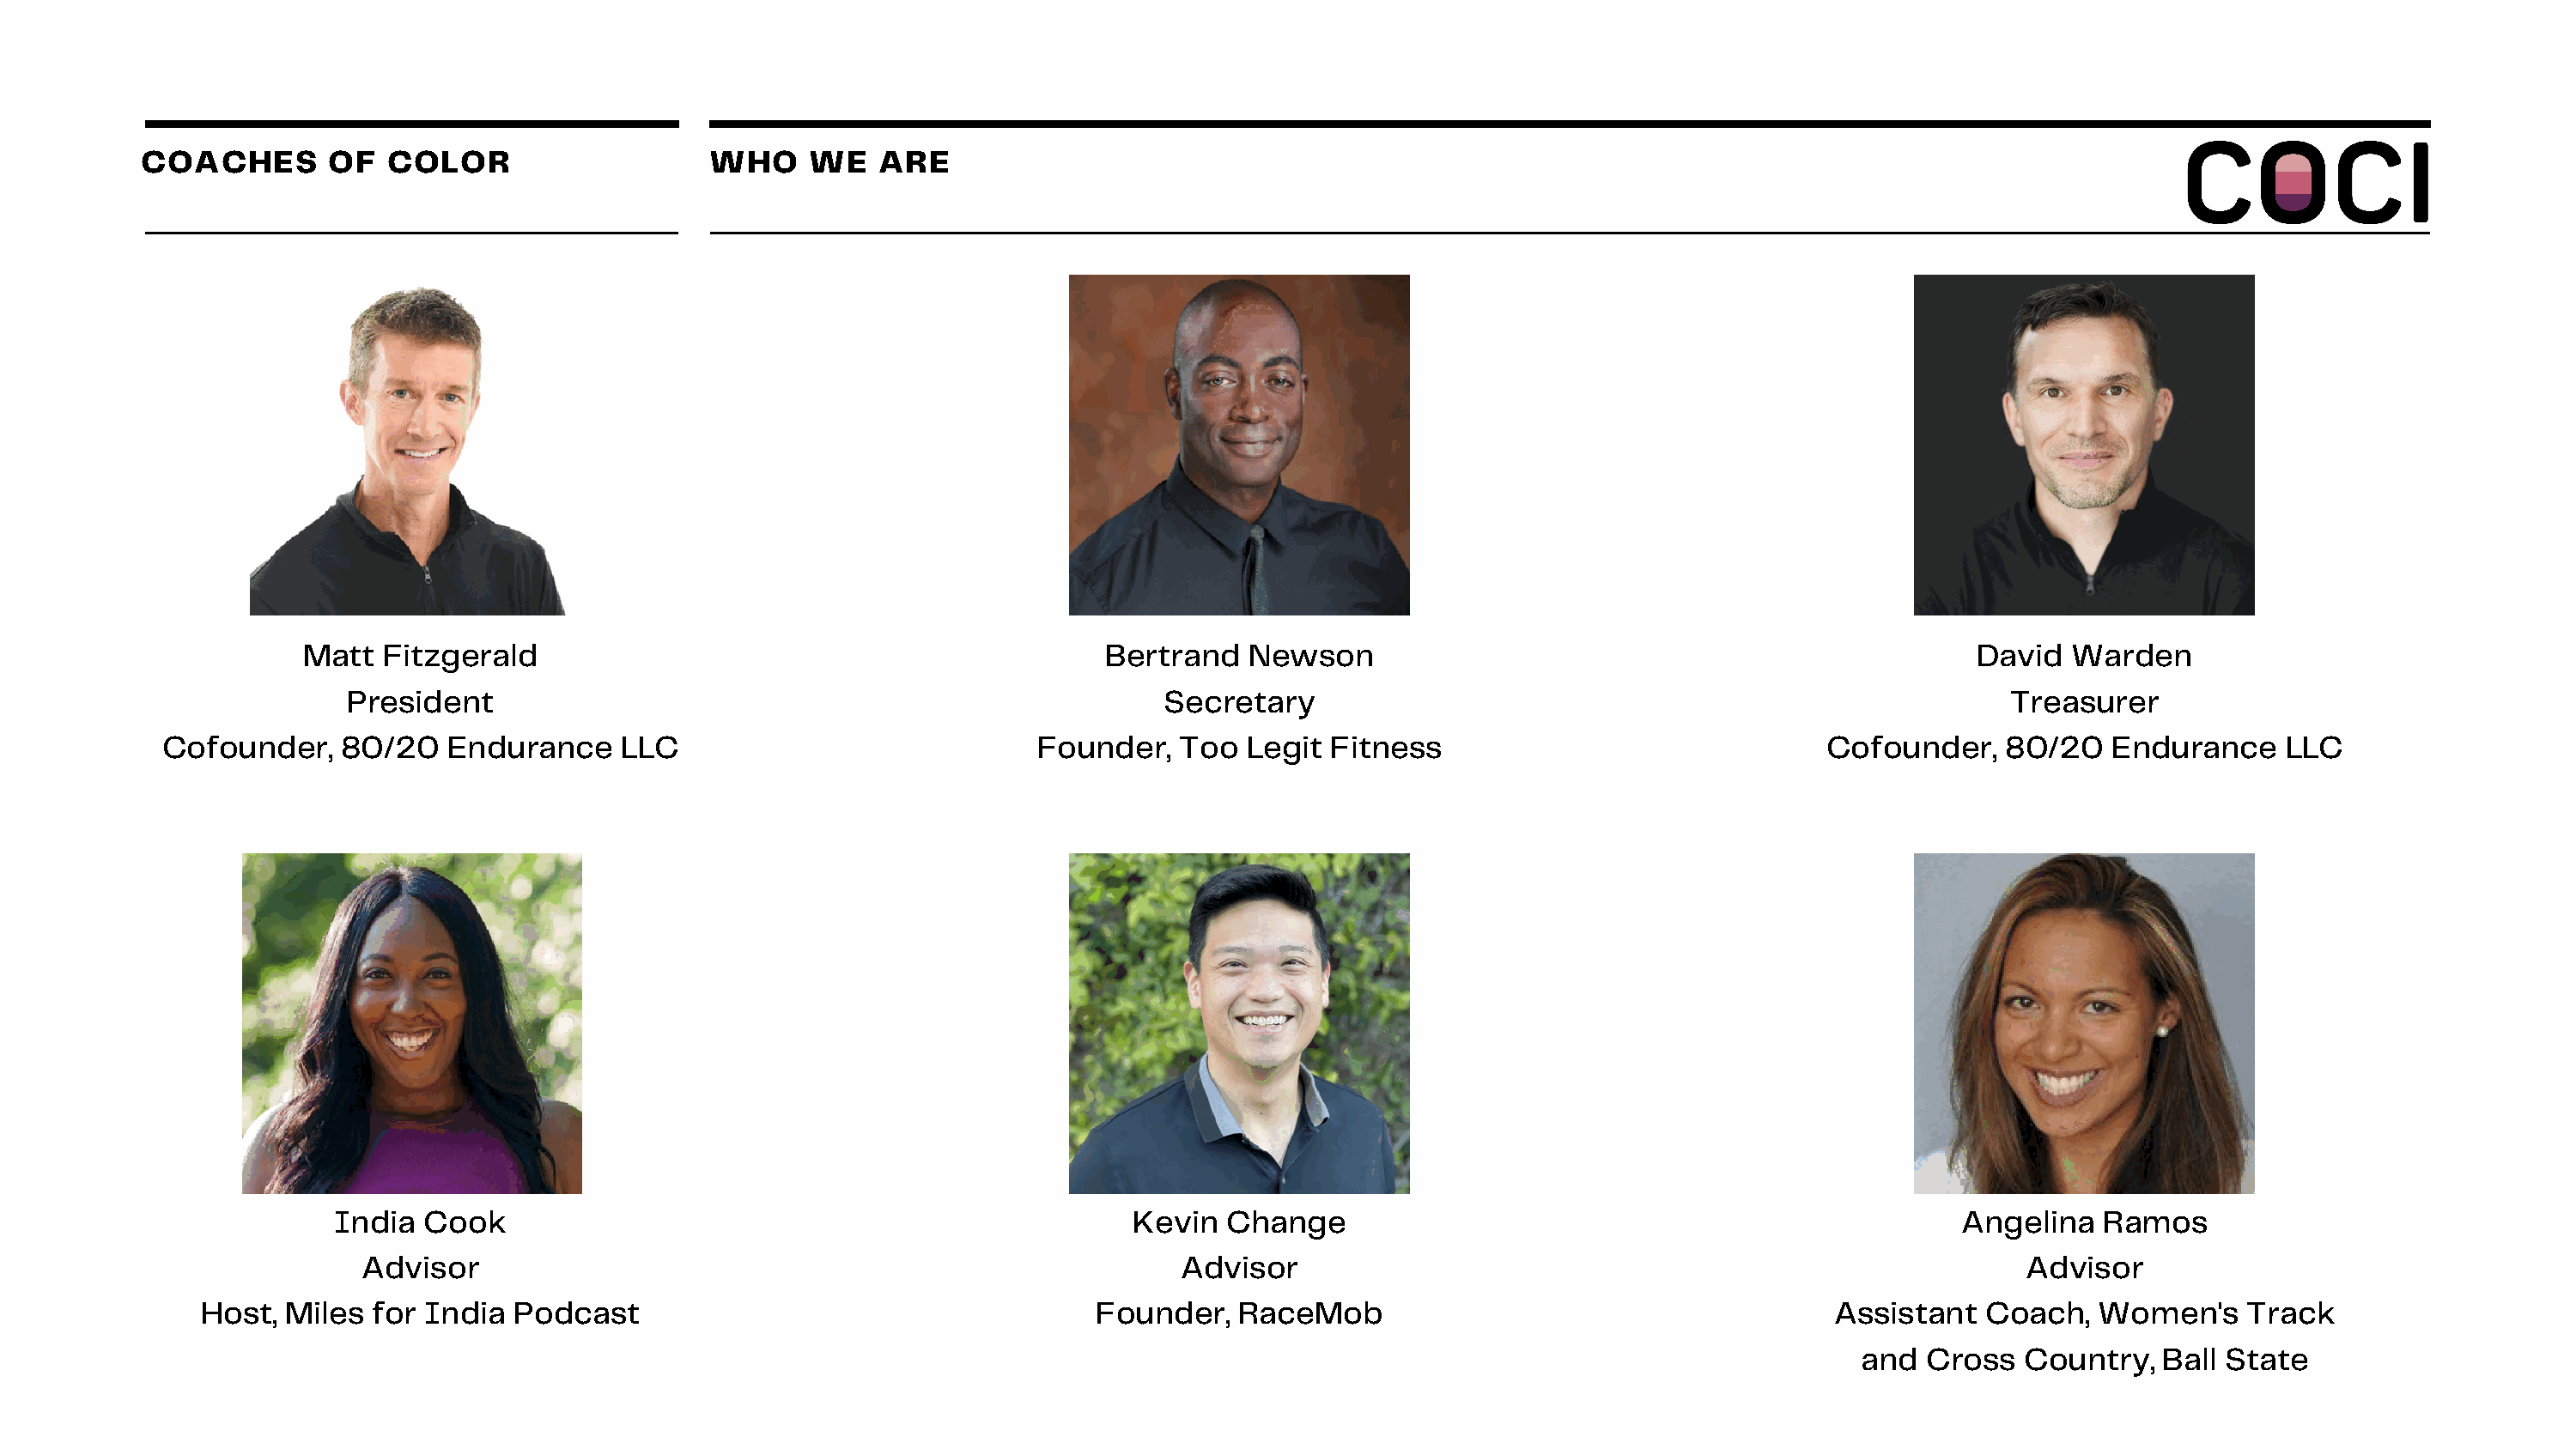
COACHES       OF   COLOR                    WHO    WE    ARE
 Matt  Fitzgerald                                              Bertrand   Newson                                                  David   Warden
 President                                                      Secretary                                                        Treasurer
 Cofounder,    80/20   Endurance     LLC                             Founder,   Too  Legit  Fitness                               Cofounder,    80/20   Endurance    LLC
 India  Cook                                                  Kevin   Change                                                  Angelina   Ramos
 Advisor                                                        Advisor                                                          Advisor
 Host,  Miles  for India  Podcast                                      Founder,  RaceMob                                       Assistant   Coach,   Women's    Track
 and  Cross   Country,   Ball State